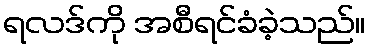
ရလဒ်ကို အစီရင်ခံခဲ့သည်။